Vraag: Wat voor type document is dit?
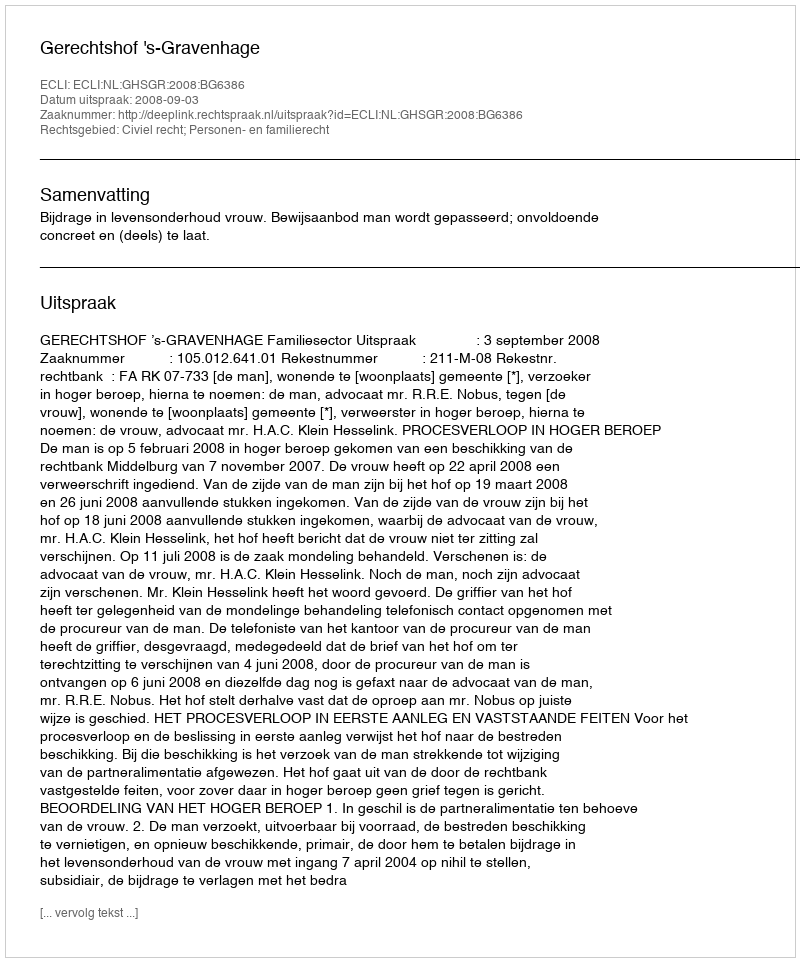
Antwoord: Uitspraak